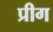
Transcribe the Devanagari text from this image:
प्रीग